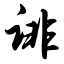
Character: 诽